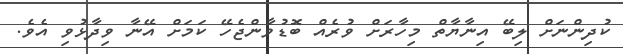
ކުދިންނަށް ލިބޭ އިނާޔާތް މިހާރަށް ވުރެއް ބޮޑުވާންޖެހޭ ކަމަށް އޭނާ ވިދާޅުވި އެވެ.